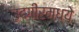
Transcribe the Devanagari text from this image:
उदगीरमध्ये